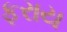
ફરાય